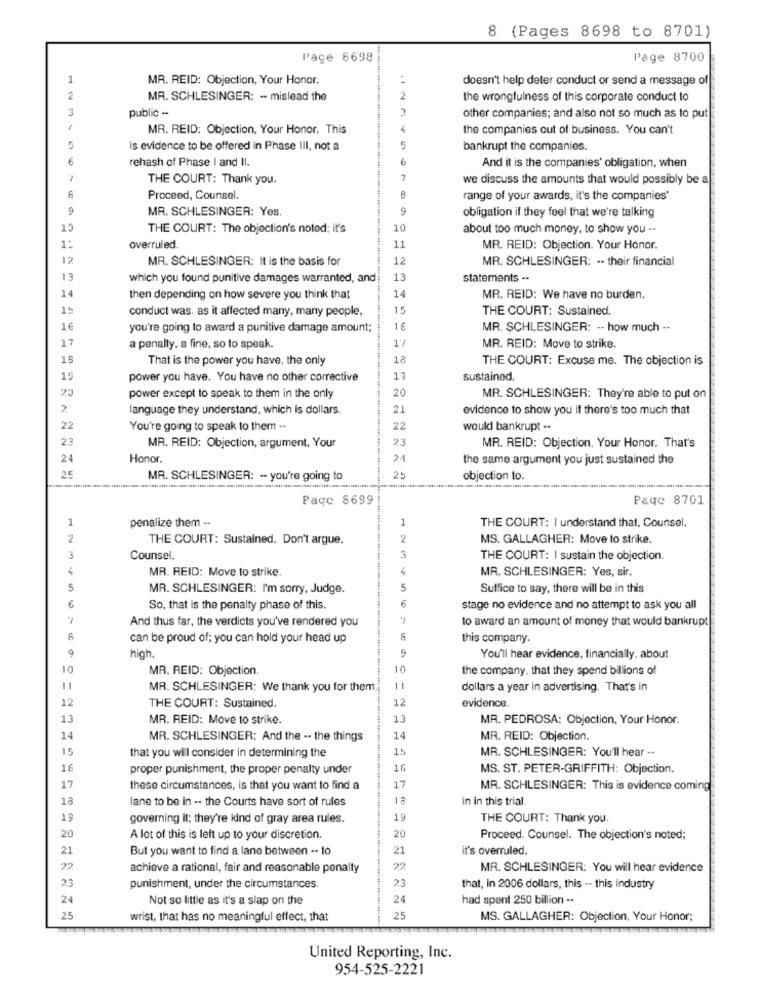
8 (Pages 8698 to 8701)
Pace 8698
Page 8700
1
MR. REID: Objection, Your Honor.
doesn't help deter conduct or send a message of
2
MR. SCHLESINGER: - mislead the
2
the wrongfulness of this corporate conduct to
3
public -
other companies; and also not so much as to put
1
MR. REID: Objection, Your Honor. This
the companies out of business. You can't
5
is evidence to be offered in Phase III, not a
5
bankrupt the companies.
6
rehash of Phase I and II.
6
And it is the companies' obligation, when
THE COURT: Thank you.
7
we discuss the amounts that would possibly be a
Proceed, Counsel
range of your awards, it's the companies*
9
MR. SCHLESINGER: Yes.
9
obligation if they feel that we're talking
15
THE COURT: The objection's noted; it's
10
about too much money, to show you --
1:
overruled.
11
MR. REID: Objection. Your Honor.
12
MR. SCHLESINGER: It is the basis for
12
MR. SCHLESINGER: .. their financial
13
which you found punitive damages warranted, and
13
statements --
14
14
then depending on how severe you think that
MR. REID: We have no burden.
15
conduct was. as it affected many, many people,
15
THE COURT: Sustained.
16
you're going to award a punitive damage amount;
16
MR. SCHLESINGER: -- how much --
17
17
a penalty. a fine, so to speak.
MR. REID: Move to strike.
That is the power you have, the only
18
THE COURT: Excuse me. The objection is
19
power you have. You have no other corrective
19
sustained.
20
power except to speak to them in the only
20
MR. SCHLESINGER: They're able to put on
language they understand, which is dollars.
21
evidence to show you if there's too much that
22
You're going to speak to them -.
22
would bankrupt ..
23
23
MR. REID: Objection, argument, Your
MR. REID: Objection, Your Honor. That's
24
Honor.
21
the same argument you just sustained the
25
MR. SCHLESINGER: - you're going to
25
objection to.
Page 8699
Page 8701
1
penalize them --
1
THE COURT: I understand that, Counsel.
2
THE COURT: Sustained. Don't argue.
2
MS. GALLAGHER: Move to strike.
3
3
Counsel.
THE COURT: I sustain the objection.
MR. REID: Move to strike.
MR. SCHLESINGER: Yes, sir.
5
MR. SCHLESINGER: I'm sorry, Judge.
5
Suffice to say, there will be in this
6
So, that is the penalty phase of this.
stage no evidence and no attempt to ask you all
And thus far, the verdicts you've rendered you
to award an amount of money that would bankrupt
can be proud of; you can hold your head up
this company.
high
9
You'll hear evidence, financially, about
10
MR. REID: Objection.
10
the company, that they spend billions of
11
MR. SCHLESINGER: We thank you for them.
11
dollars a year in advertising. That's in
12
12
evidence.
THE COURT: Sustained.
13
MR. REID: Move to strike.
13
MR. PEDROSA: Objection, Your Honor.
14
MR. SCHLESINGER: And the .. the things
14
MR. REID: Objection.
15
that you will consider in determining the
15
MR. SCHLESINGER: You'll hear ..
16
proper punishment, the proper penalty under
16
MS. ST. PETER-GRIFFITH: Objection.
17
these circumstances, is that you want to find a
17
MR. SCHLESINGER: This is evidence coming
18
lane to be in -. the Courts have sort of rules
18
in in this trial
19
governing it; they're kind of gray area rules.
19
THE COURT: Thank you.
20
A lot of this is left up to your discretion.
20
Proceed. Counsel. The objection's noted;
21
But you want to find a lane between -- to
21
it's overruled.
22
achieve a rational, fair and reasonable penalty
22
MR. SCHLESINGER: You will hear evidence
23
23
punishment, under the circumstances.
that, in 2006 dollars, this -- this industry
24
Not so little as it's a slap on the
24
had spent 250 billion ..
25
wrist, that has no meaningful effect, that
25
MS. GALLAGHER: Objection, Your Honor;
United Reporting, Inc.
954-525-2221